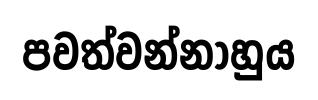
පවත්වන්නාහුය